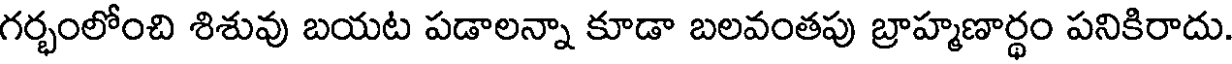
గర్భంలోంచి శిశువు బయట పడాలన్నా కూడా బలవంతపు బ్రాహ్మణార్థం పనికిరాదు.